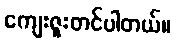
ကျေးဇူးတင်ပါတယ်။